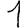
Digit: 1